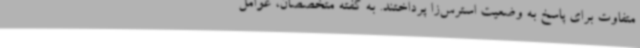
متفاوت برای پاسخ به وضعیت استرس‌زا پرداختند. به گفته متخصصان، عوامل